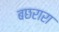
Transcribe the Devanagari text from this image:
बछरारा